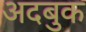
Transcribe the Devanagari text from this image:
अदबुक